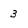
Character: 3